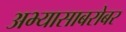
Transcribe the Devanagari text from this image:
अभ्यासाबरोबर